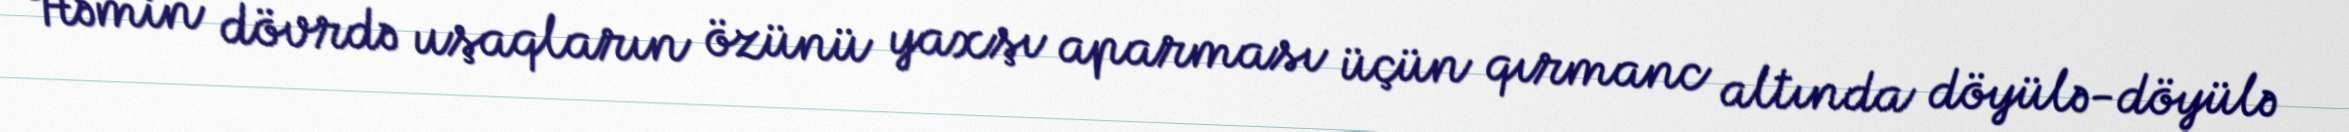
Həmin dövrdə uşaqların özünü yaxşı aparması üçün qırmanc altında döyülə-döyülə